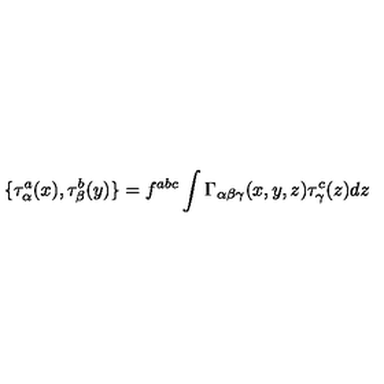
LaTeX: \{ \tau _ { \alpha } ^ { a } ( x ) , \tau _ { \beta } ^ { b } ( y ) \} = f ^ { a b c } \int \Gamma _ { \alpha \beta \gamma } ( x , y , z ) \tau _ { \gamma } ^ { c } ( z ) d z